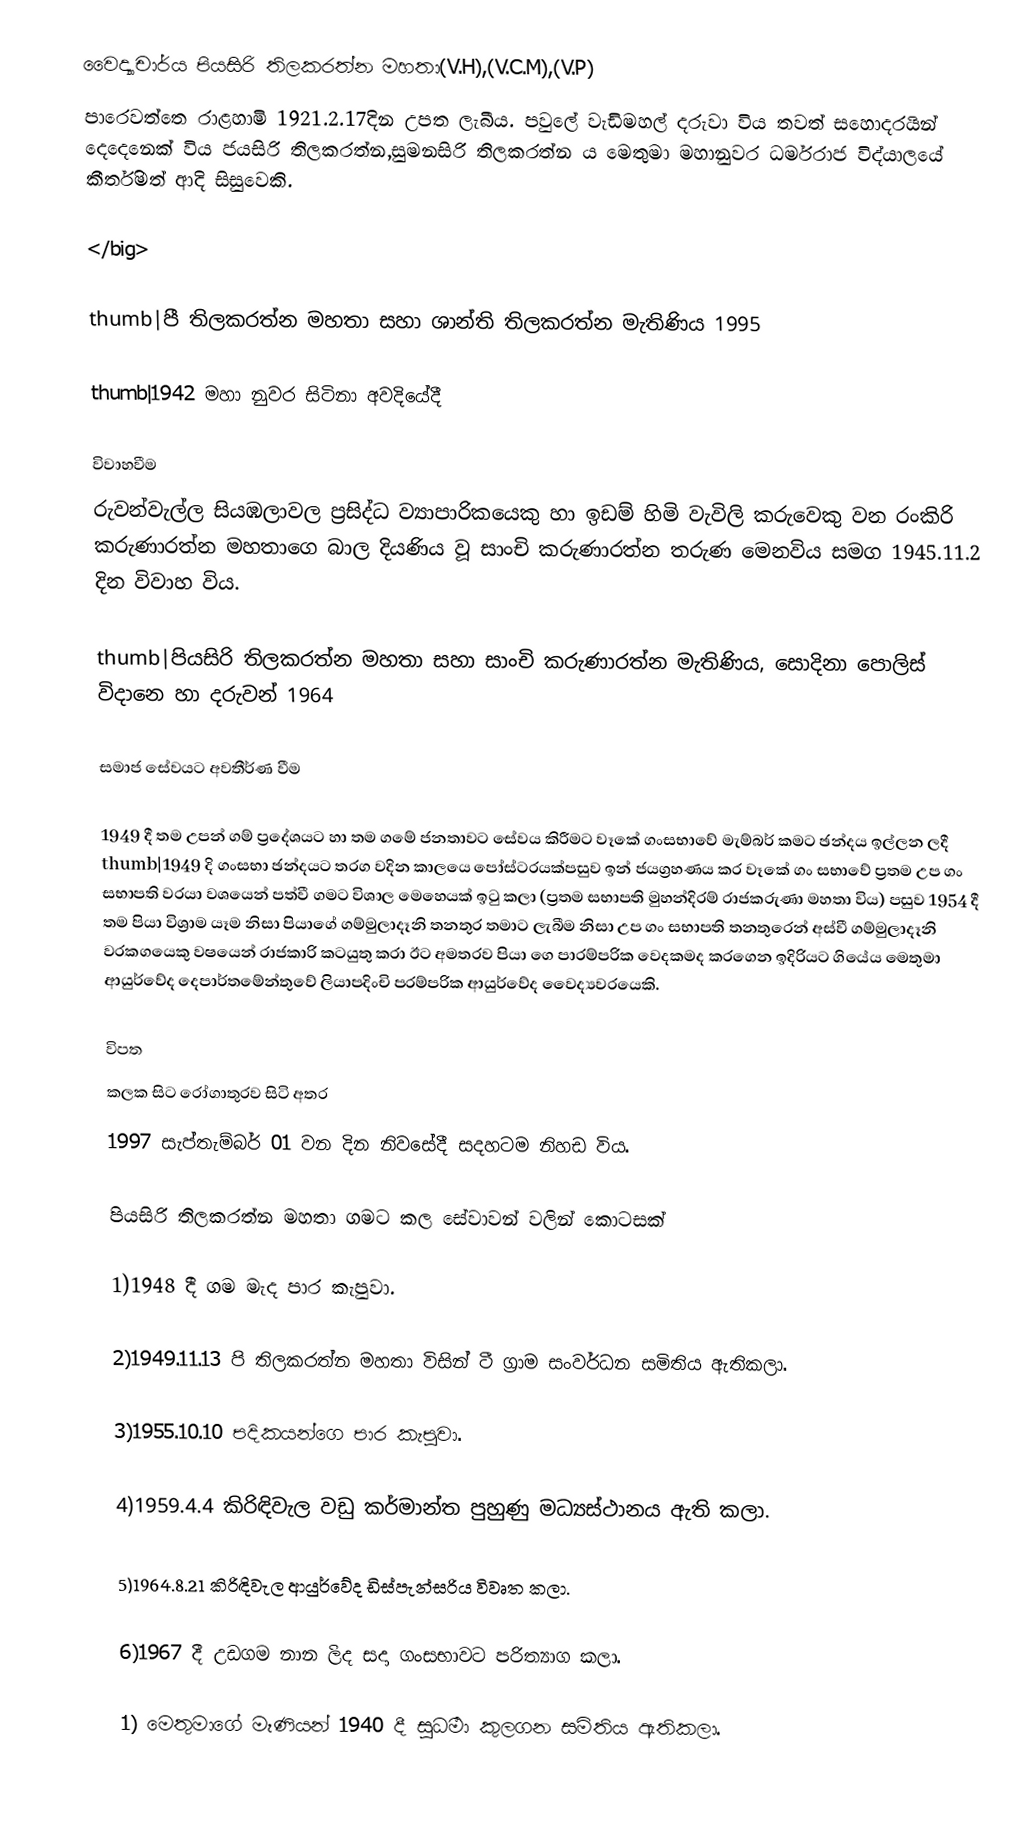
වෛද්‍යාචාර්ය පියසිරි තිලකරත්න මහතා(V.H),(V.C.M),(V.P)
පාරෙවත්තෙ රාළහාමි 1921.2.17දින උපත ලැබීය. පවුලේ වැඩිමහල් දරුවා විය තවත් සහොදරයින් දෙදෙනෙක් විය ජයසිරි තිලකරත්න,සුමනසිරි තිලකරත්න ය මෙතුමා මහානුවර ධර්මරාජ විද්යාලයේ කීර්තිමත් ආදි සිසුවෙකි.

</big>

thumb|පී තිලකරත්න මහතා සහා ශාන්ති තිලකරත්න මැතිණිය 1995

thumb|1942 මහා නුවර සිටිනා අවදියේදී

විවාහවීම
රුවන්වැල්ල සියඹලාවල ප්‍රසිද්ධ ව්‍යාපාරිකයෙකු හා ඉඩම් හිමි වැවිලි කරුවෙකු වන රංකිරි කරුණාරත්න මහතාගෙ බාල දියණිය වූ සාංචි කරුණාරත්න තරුණ මෙනවිය සමග 1945.11.2 දින විවාහ විය.

thumb|පියසිරි තිලකරත්න මහතා සහා සාංචි කරුණාරත්න මැතිණිය, සොදිනා පොලිස් විදානෙ හා දරුවන් 1964

සමාජ සේවයට අවතීර්ණ වීම

1949 දී තම උපන් ගම් ප්‍රදේශයට හා තම ගමේ ජනතාවට සේවය කිරීමට වෑකේ ගංසභාවේ මැම්බර් කමට ඡන්දය ඉල්ලන ලදී thumb|1949 දි ගංසභා ඡන්දයට තරග වදින කාලයෙ පෝස්ටරයක්පසුව ඉන් ජයග්‍රහණය කර වෑකේ ගං සභාවේ ප්‍රතම උප ගං සභාපති වරයා වශයෙන් පත්වී ගමට විශාල මෙහෙයක් ඉටු කලා (ප්‍රතම සභාපති මුහන්දිරම් රාජකරුණා මහතා විය) පසුව 1954 දී තම පියා විශ්‍රාම යෑම නිසා පියාගේ ගම්මුලාදෑනි තනතුර තමාට ලැබීම නිසා උප ගං සභාපති තනතුරෙන් අස්වී ගම්මුලාදෑනි වරකගයෙකු වෂයෙන් රාජකාරි කටයුතු කරා ඊට අමතරව පියා ගෙ පාරම්පරික වෙදකමද කරගෙන ඉදිරියට ගියේය මෙතුමා ආයුර්වේද දෙපාර්තමේන්තුවේ ලියාපදිංචි පරම්පරික ආයුර්වේද වෛද්‍යවරයෙකි.

විපත
කලක සිට රෝගාතුරව සිටි අතර
1997 සැප්තැම්බර් 01 වන දින නිවසේදී සදහටම නිහඩ විය.

පියසිරි තිලකරත්න මහතා ගමට කල සේවාවන් වලින් කොටසක්

1)1948 දී ගම මැද පාර කැපුවා.

2)1949.11.13 පි තිලකරත්න මහතා විසින් ටී ග්‍රාම සංවර්ධන සමිතිය ඇතිකලා.

3)1955.10.10 පදිකයන්ගෙ පාර කැපුවා.

4)1959.4.4  කිරිඳිවැල වඩු කර්මාන්ත පුහුණු මධ්‍යස්ථානය ඇති කලා.

5)1964.8.21 කිරිඳිවැල ආයුර්වේද ඩිස්පැන්සරිය විවෘත කලා.

6)1967 දී උඩගම නාන ලිද සදා ගංසභාවට පරිත්‍යාග කලා.

1) මෙතුමාගේ මෑණියන් 1940 දී සුධර්‍මා කුලගන සමිතිය ඇතිකලා.